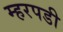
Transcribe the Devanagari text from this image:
म्हरपडी